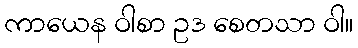
ကာယေန ဝါစာ ဥဒ စေတသာ ဝါ။